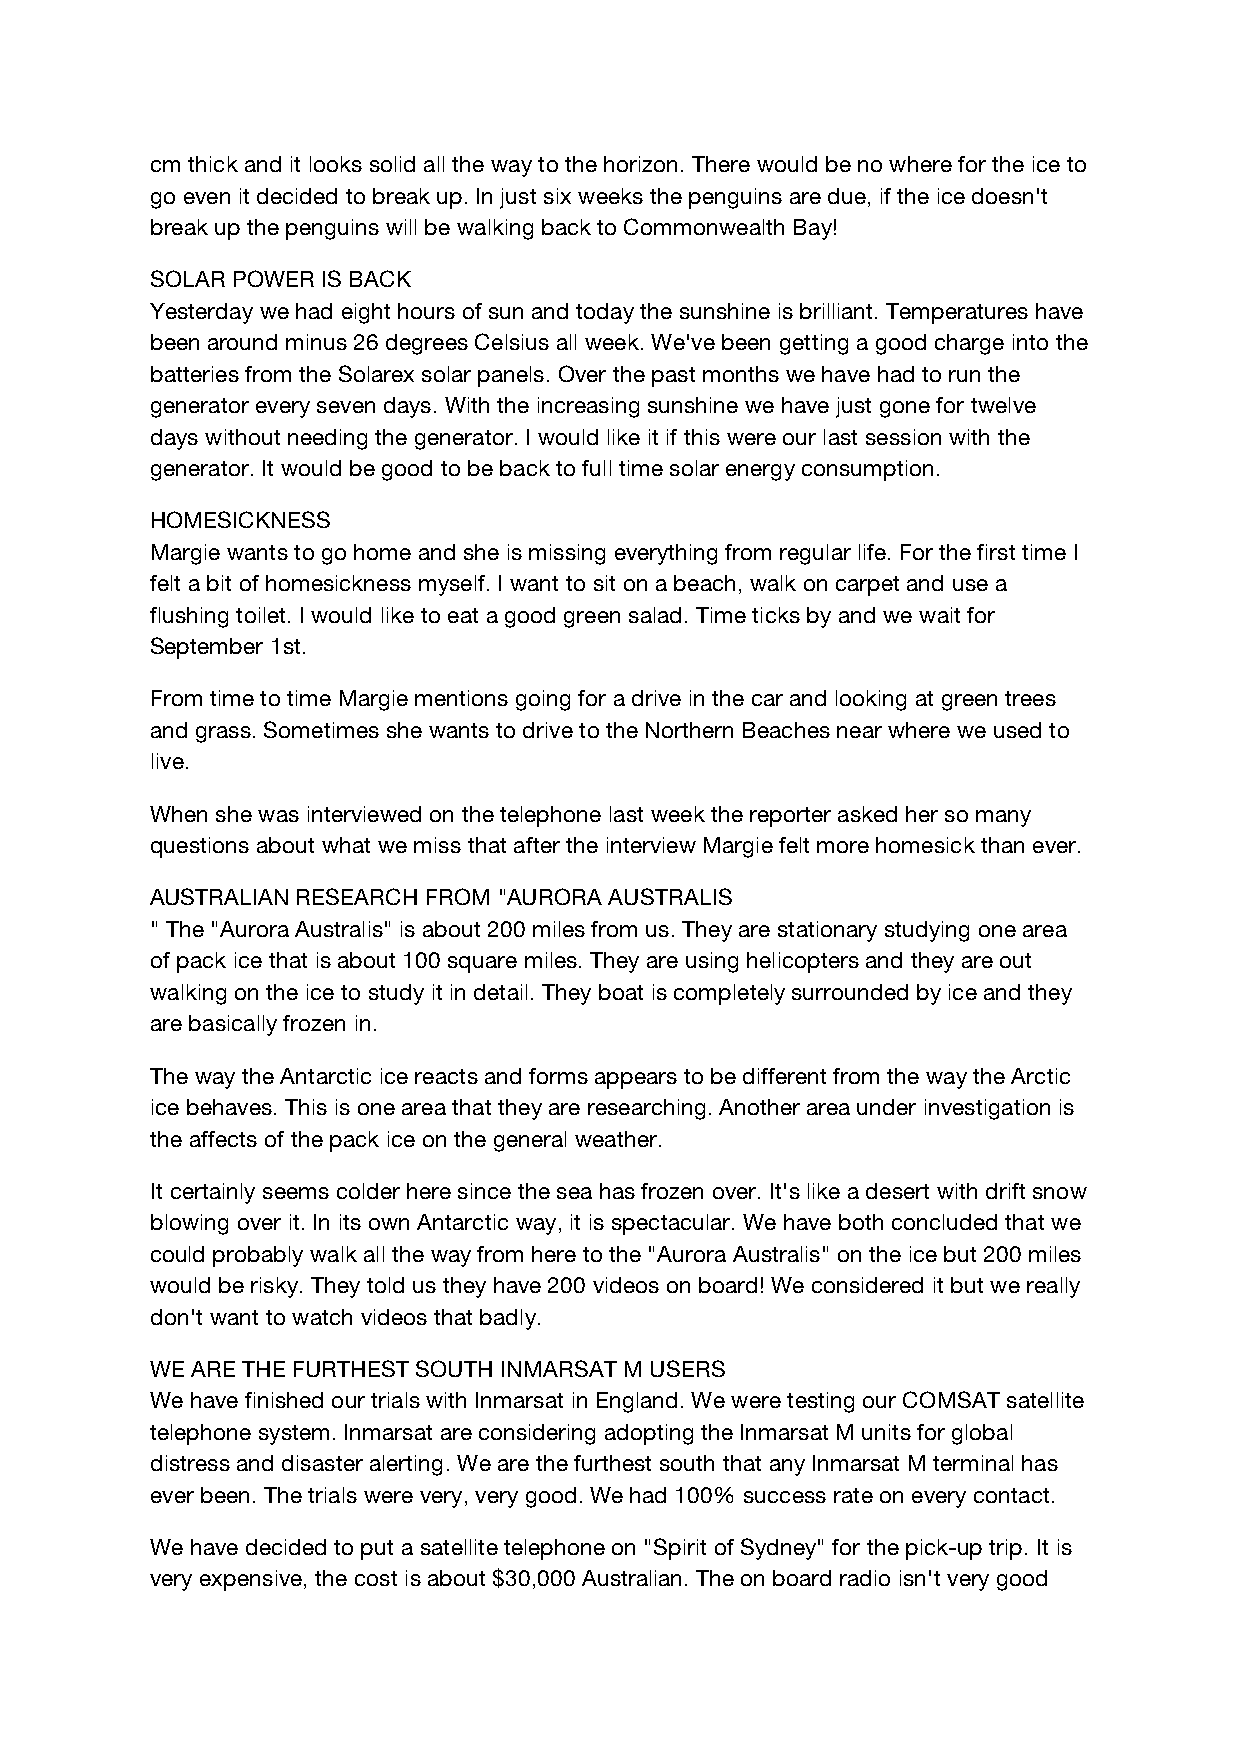
cm thick and it looks solid all the way to the horizon. There would be no where for the ice to
 go even it decided to break up. In just six weeks the penguins are due, if the ice doesn't
 break up the penguins will be walking back to Commonwealth Bay!
 SOLAR POWER IS BACK
 Yesterday we had eight hours of sun and today the sunshine is brilliant. Temperatures have
 been around minus 26 degrees Celsius all week. We've been getting a good charge into the
 batteries from the Solarex solar panels. Over the past months we have had to run the
 generator every seven days. With the increasing sunshine we have just gone for twelve
 days without needing the generator. I would like it if this were our last session with the
 generator. It would be good to be back to full time solar energy consumption.
 HOMESICKNESS
 Margie wants to go home and she is missing everything from regular life. For the first time I
 felt a bit of homesickness myself. I want to sit on a beach, walk on carpet and use a
 flushing toilet. I would like to eat a good green salad. Time ticks by and we wait for
 September 1st.
 From time to time Margie mentions going for a drive in the car and looking at green trees
 and grass. Sometimes she wants to drive to the Northern Beaches near where we used to
 live.
 When she was interviewed on the telephone last week the reporter asked her so many
 questions about what we miss that after the interview Margie felt more homesick than ever.
 AUSTRALIAN RESEARCH FROM "AURORA AUSTRALIS
 " The "Aurora Australis" is about 200 miles from us. They are stationary studying one area
 of pack ice that is about 100 square miles. They are using helicopters and they are out
 walking on the ice to study it in detail. They boat is completely surrounded by ice and they
 are basically frozen in.
 The way the Antarctic ice reacts and forms appears to be different from the way the Arctic
 ice behaves. This is one area that they are researching. Another area under investigation is
 the affects of the pack ice on the general weather.
 It certainly seems colder here since the sea has frozen over. It's like a desert with drift snow
 blowing over it. In its own Antarctic way, it is spectacular. We have both concluded that we
 could probably walk all the way from here to the "Aurora Australis" on the ice but 200 miles
 would be risky. They told us they have 200 videos on board! We considered it but we really
 don't want to watch videos that badly.
 WE ARE THE FURTHEST SOUTH INMARSAT M USERS
 We have finished our trials with Inmarsat in England. We were testing our COMSAT satellite
 telephone system. Inmarsat are considering adopting the Inmarsat M units for global
 distress and disaster alerting. We are the furthest south that any Inmarsat M terminal has
 ever been. The trials were very, very good. We had 100% success rate on every contact.
 We have decided to put a satellite telephone on "Spirit of Sydney" for the pick-up trip. It is
 very expensive, the cost is about $30,000 Australian. The on board radio isn't very good